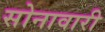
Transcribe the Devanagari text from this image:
सोनावारी